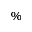
\%